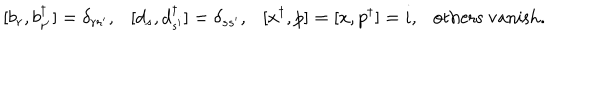
[ b _ { r } , b _ { r ^ { \prime } } ^ { \dagger } ] = \delta _ { r r ^ { \prime } } , [ d _ { s } , d _ { s ^ { \prime } } ^ { \dagger } ] = \delta _ { s s ^ { \prime } } , [ x ^ { \dagger } , p ] = [ x , p ^ { \dagger } ] = i , \mathrm { o t h e r s ~ v a n i s h } .